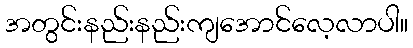
အတွင်းနည်းနည်းကျအောင်လေ့လာပါ။